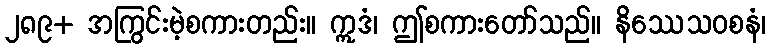
၂၈၉+ အကြွင်းမဲ့စကားတည်း။ ဣဒံ၊ ဤစကားတော်သည်။ နိဿေသဝစနံ၊